Annual statistical returns and brief notes on vaccination in Bengal - 1909-1929
Year: 1909
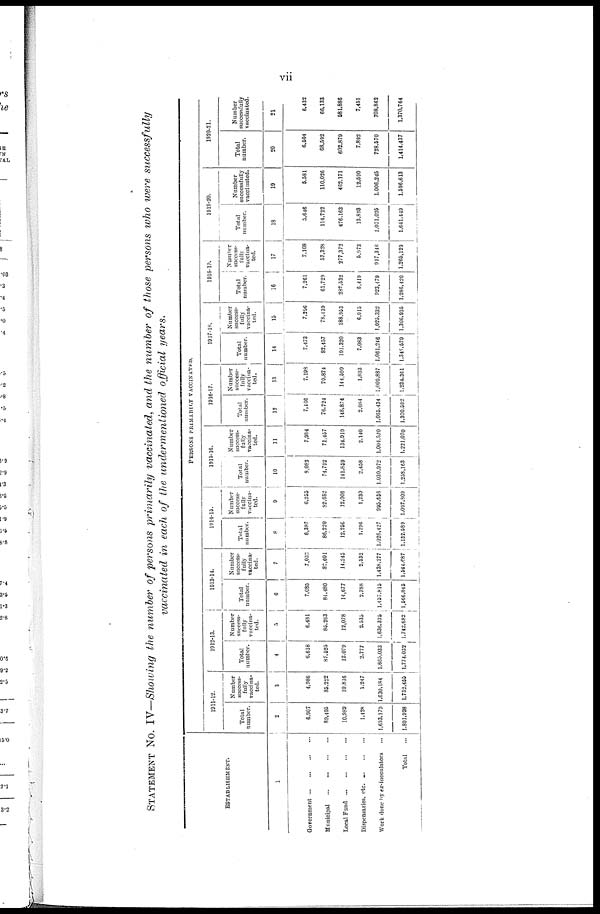
vii
STATEMENT No. IV—Showing the number of persons primarily vaccinated, and the number of those persons who were successfully
vaccinated in each of the undermentioned official years.
ESTABLISHMENT.
1
Government
...
...
...
...
Municipal
...
...
...
...
Local Fund
...
...
...
...
Dispensaries, etc.
...
...
...
Work done by ex-inoculators ...
Total ...
PERSONS PRIMARILY VACCINATED.
1911-12.
Total
number.
2
6,907
89,495
10,989
1,428
1,693,179
1,801,998
Number
success-
fully
vaccina-
ted.
3
4,986
85,222
10,816
1,247
1,630,184
1,732,455
1912-13.
Total
number.
4
6,618
87,525
12,079
2,777
1,665,033
1,774,032
Number
success-
fully
vaccina-
ted.
5
6,481
85,263
12,078
2,535
1,636,325
1,742,682
1913-14.
Total
number.
6
7,085
84,480
14,677
2,788
1,457,815
1,566,845
Number
success-
fully
vaccina-
ted.
7
7,032
82,601
14,245
2,532
1,438,277
1,544,687
1914-15.
Total
number.
8
6,387
86,220
12,256
1,296
1,026,427
1,132,589
Number
success-
fully
vaccina-
ted.
9
6,255
82,682
12,006
1,230
995,636
1,097,809
1915-16.
Total
number.
10
8,082
74,792
141,859
2,458
1,030,972
1,258,163
Number
success-
fully
vaccina-
ted.
11
7,984
71,457
134,919
2,140
1,004,570
1,221,070
1916-17.
Total
number.
12
7,466
76,724
148,874
2,084
1,065,434
1,300,582
Number
success-
fully
vaccina-
ted.
13
7,198
70,874
144,599
1,803
1,009,887
1,234,361
1917-18.
Total
number.
14
7,473
82,457
191,320
7,083
1,061,246
1,349,579
Number
success-
fully
vaccina-
ted.
15
7,296
78,439
188,953
6,915
1,025,332
1,306,935
1918-19.
Total
number.
16
7,261
61,729
287,532
6,419
923,479
1,286,420
Number
success-
fully
vaccina-
ted.
17
7,108
57,328
277,372
5,973
917,348
1,265,129
1919-20.
Total
number.
18
5,646
114,722
476,163
13,893
1,031,025
1,641,449
Number
successfully
vaccinated.
19
5,581
110,026
462,171
12,590
1,006,245
1,596,613
1920-21.
Total
number.
20
6,504
68,592
602,879
7,892
728,570
1,414,437
Number
successfully
vaccinated.
21
6,432
66,133
581,886
7,451
708,862
1,370,764